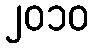
၂၀၁၀